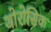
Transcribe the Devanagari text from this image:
थोरोसिक